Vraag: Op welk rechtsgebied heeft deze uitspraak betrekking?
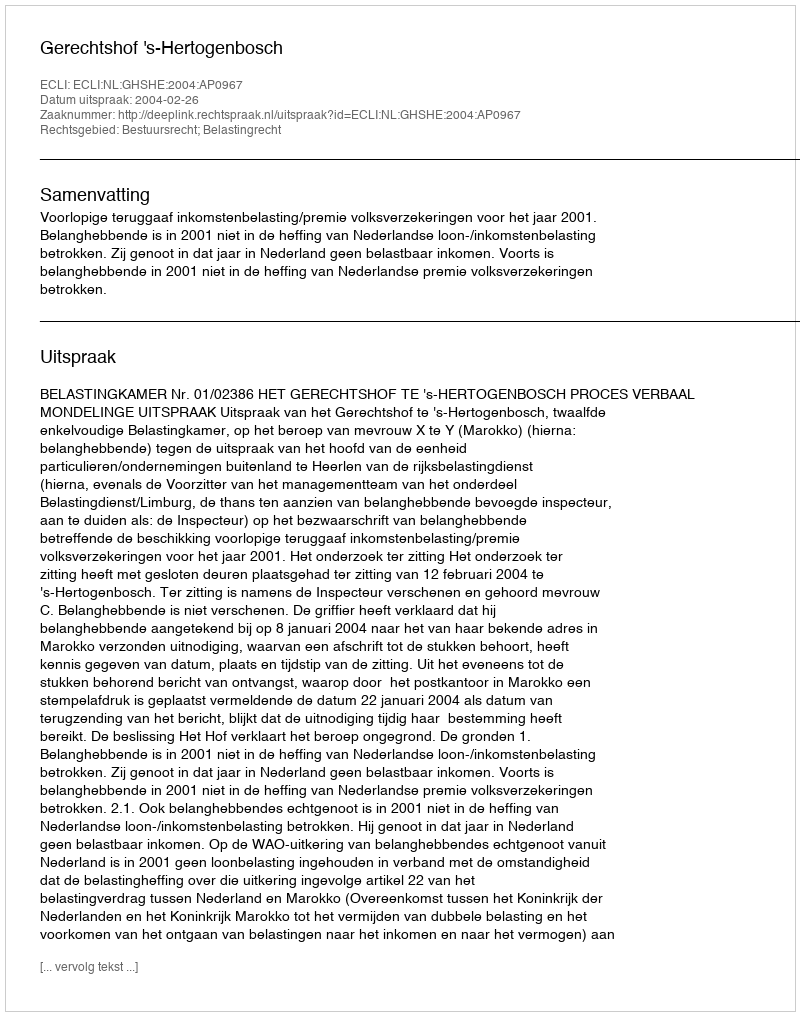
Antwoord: Bestuursrecht; Belastingrecht